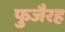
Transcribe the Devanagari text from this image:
फुजैरह